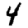
Digit: 4